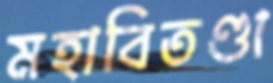
মহাবিতণ্ডা